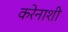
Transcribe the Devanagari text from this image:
करेनाशी